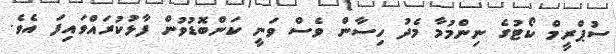
ސުޕްރީމް ކޯޓުގެ ނިންމުމާ މެދު ހިސާން ވެސް ވަނީ ކަންބޮޑުވުން ފާޅުކުރައްވައިފަ އެވެ.